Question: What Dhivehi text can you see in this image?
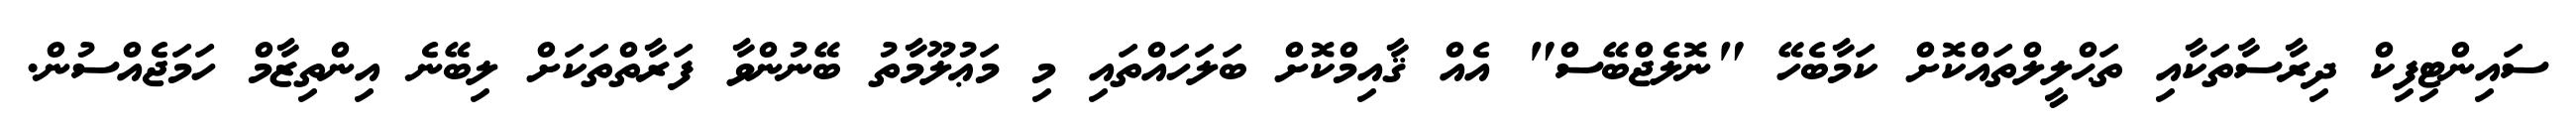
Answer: ސައިންޓިފިކް ދިރާސާތަކާއި ތަޙްލީލްތައްކޮށް ކަމާބެހޭ "ނޮލެޖްބޭސް" އެއް ޤާއިމްކޮށް ބަލަހައްތައި މި މަޢުލޫމާތު ބޭނުންވާ ފަރާތްތަކަށް ލިބޭނެ އިންތިޒާމް ހަމަޖެއްސުން.